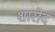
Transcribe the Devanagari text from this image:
शारोद